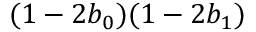
( 1 - 2 b _ { 0 } ) ( 1 - 2 b _ { 1 } )